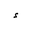
Letter: _hamza